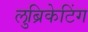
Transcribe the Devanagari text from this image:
लुब्रिकेटिंग